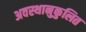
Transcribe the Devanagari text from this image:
अवस्थानुकुलित